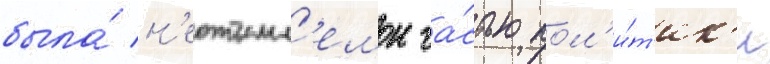
была́ н'еотъемл'емои ча́стью пол'и́т'ик'и